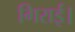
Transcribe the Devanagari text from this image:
गिराई।